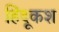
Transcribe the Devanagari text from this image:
हिंदूकश